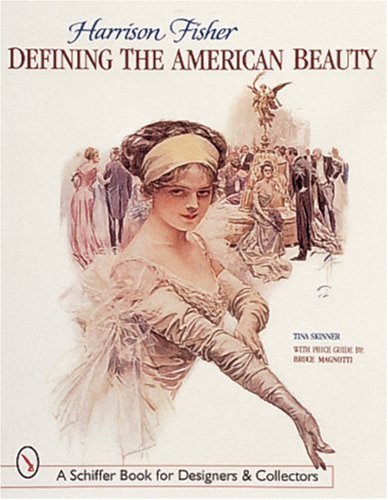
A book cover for Harrison Fisher: Defining the American Beauty : With Price Guide (Schiffer Book for Collectors and Designers); Tina Skinner; Arts & Photography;